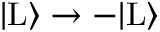
| \mathrm { L } \rangle \rightarrow - | \mathrm { L } \rangle